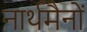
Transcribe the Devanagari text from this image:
नार्थमैनों